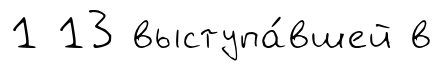
1 13 выступа́вшей в